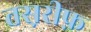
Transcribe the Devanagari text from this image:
तस़रीफ़